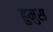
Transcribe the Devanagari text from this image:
हुमुस